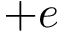
+ e